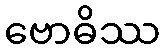
ဗောဓိဿ